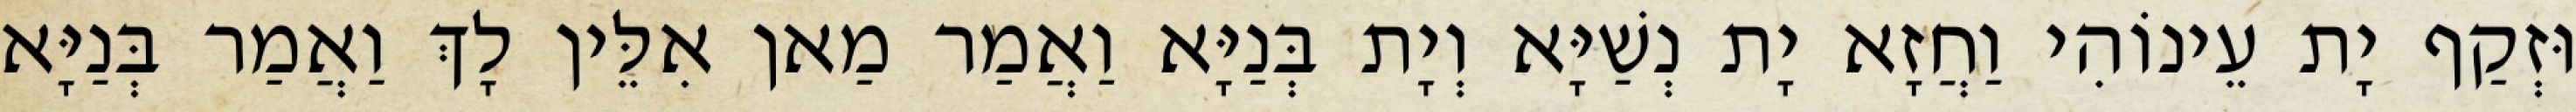
וּזְקַף יָת עֵינוֹהִי וַחֲזָא יָת נְשַׁיָּא וְיָת בְּנַיָּא וַאֲמַר מַאן אִלֵּין לָךְ וַאֲמַר בְּנַיָּא